Report on plague and inoculation in the Punjab from October 1st ... to September 30th..., being the ... season of plague in the province
Disease focus: Plague
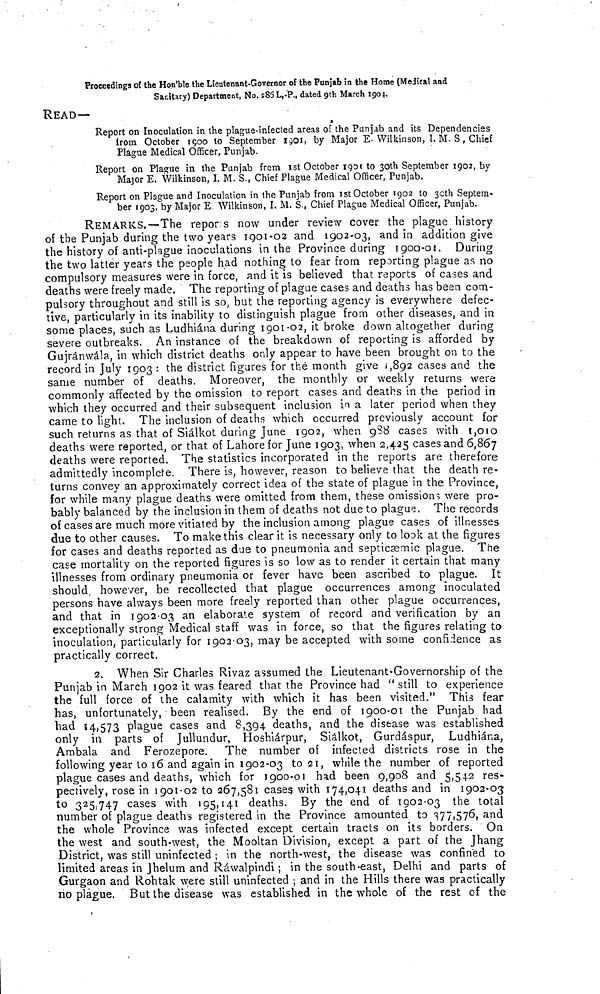
Proceedings of the Hon'ble the Lieutenant-Governor of the Punjab in the Home (Medical and
Sanitary) Department, No. 285L, P., dated 9th March 1901.
READ—
Report on Inoculation in the plague-infected areas of the Punjab and its Dependencies
from October 1900 to September 1901, by Major E-Wilkinson, I. M. S, Chief
Plague Medical Officer, Punjab.
Report on Plague in the Punjab from Ist October 1901 to 30th September 1902, by
Major E. Wilkinson, I. M. S., Chief Plague Medical Officer, Punjab.
Report on Plague and Inoculation in the Punjab from Ist October 1902 to 30th Septem-
ber 1903, by Major E Wilkinson, I. M. S., Chief Plague Medical Officer, Punjab.
REMARKS.—The repor s now under review cover the plague history
of the Punjab during the two years 1901-02 and 1902-03, and in addition give
the history of anti-plague inoculations in the Province during 1900-01, During
the two latter years the people had nothing to fear from reporting plague as no
compulsory measures were in force, and it is believed that reports of cases and
deaths were freely made. The reporting of plague cases and deaths has been com-
pulsory throughout and still is so, but the reporting agency is everywhere defec-
tive, particularly in its inability to distinguish plague from other diseases, and in
some places, such as Ludhiána during 1901-02, it broke down altogether during
severe outbreaks. An instance of the breakdown of reporting is afforded by
Gujránwála, in which district deaths only appear to have been brought on to the
record in July 1903 : the district figures for the month give ,892 cases and the
same number of deaths. Moreover, the monthly or weekly returns were
commonly affected by the omission to report cases and deaths in the period in
which they occurred and their subsequent inclusion in a later period when they
came to light. The inclusion of deaths which occurred previously account for
such returns as that of Siálkot during June 1902, when 9S8 cases with 1,010
deaths were reported, or that of Lahore for June 1903, when 2,425 cases and 6,867
deaths were reported. The statistics incorporated in the reports are therefore
admittedly incomplete. There is, however, reason to believe that the death re-
turns convey an approximately correct idea of the state of plague in the Province,
for while many plague deaths were omitted from them, these omissions were pro-
bably balanced by the inclusion in them of deaths not due to plague. The records
of cases are much more vitiated by the inclusion among plague cases of illnesses
due to other causes. To make this clear it is necessary only to look at the figures
for cases and deaths reported as due to pneumonia and septicsemic plague, The
case mortality on the reported figures is so low as to render it certain that many
illnesses from ordinary pneumonia or fever have been ascribed to plague. It
should, however, be recollected that plague occurrences among inoculated
persons have always been more freely reported than other plague occurrences,
and that in 1902-03 an elaborate system of record and verification by an
exceptionally strong Medical staff was in force, so that the figures relating to
inoculation, particularly for 1902-03, may be accepted with some confidence as
practically correct.
2. When Sir Charles Rivaz assumed the Lieutenant-Governorship of the
Punjab in March 1902 it was feared that the Province had " still to experience
the full force of the calamity with which it has been visited." This fear
has, unfortunately, been realised. By the end of 1900-01 the Punjab had
had 14,573 plague cases and 8,394 deaths, and the disease was established
only in parts of Jullundur, Hoshiárpur, Siálkot, Gurdáspur, Ludhiána,
Ambala and Ferozepore. The number of infected districts rose in the
following year to 16 and again in 1902-03 to 21, while the number of reported
plague cases and deaths, which for 1900-01 had been 9,908 and 5,542 res-
pectively, rose in 1901-02 to 267,581 cases with 174,041 deaths and in 1902-03
to 325.747 cases with 195,141 deaths. By the end of 1902-03 the total
number of plague deaths registered in the Province amounted to 377,576, and
the whole Province was infected except certain tracts on its borders. On
the west and south-west, the Mooltan Division, except a part of the Jhang
District, was still uninfected ; in the north-west, the disease was confined to
limited areas in Jhelum and Rawalpindi ; in the south-east, Delhi and parts of
Gurgaon and Rohtak were still uninfected ; and in the Hills there was practically
no plague. But the disease was established in the whole of the rest of the